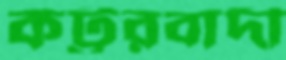
কট্টরবাদী